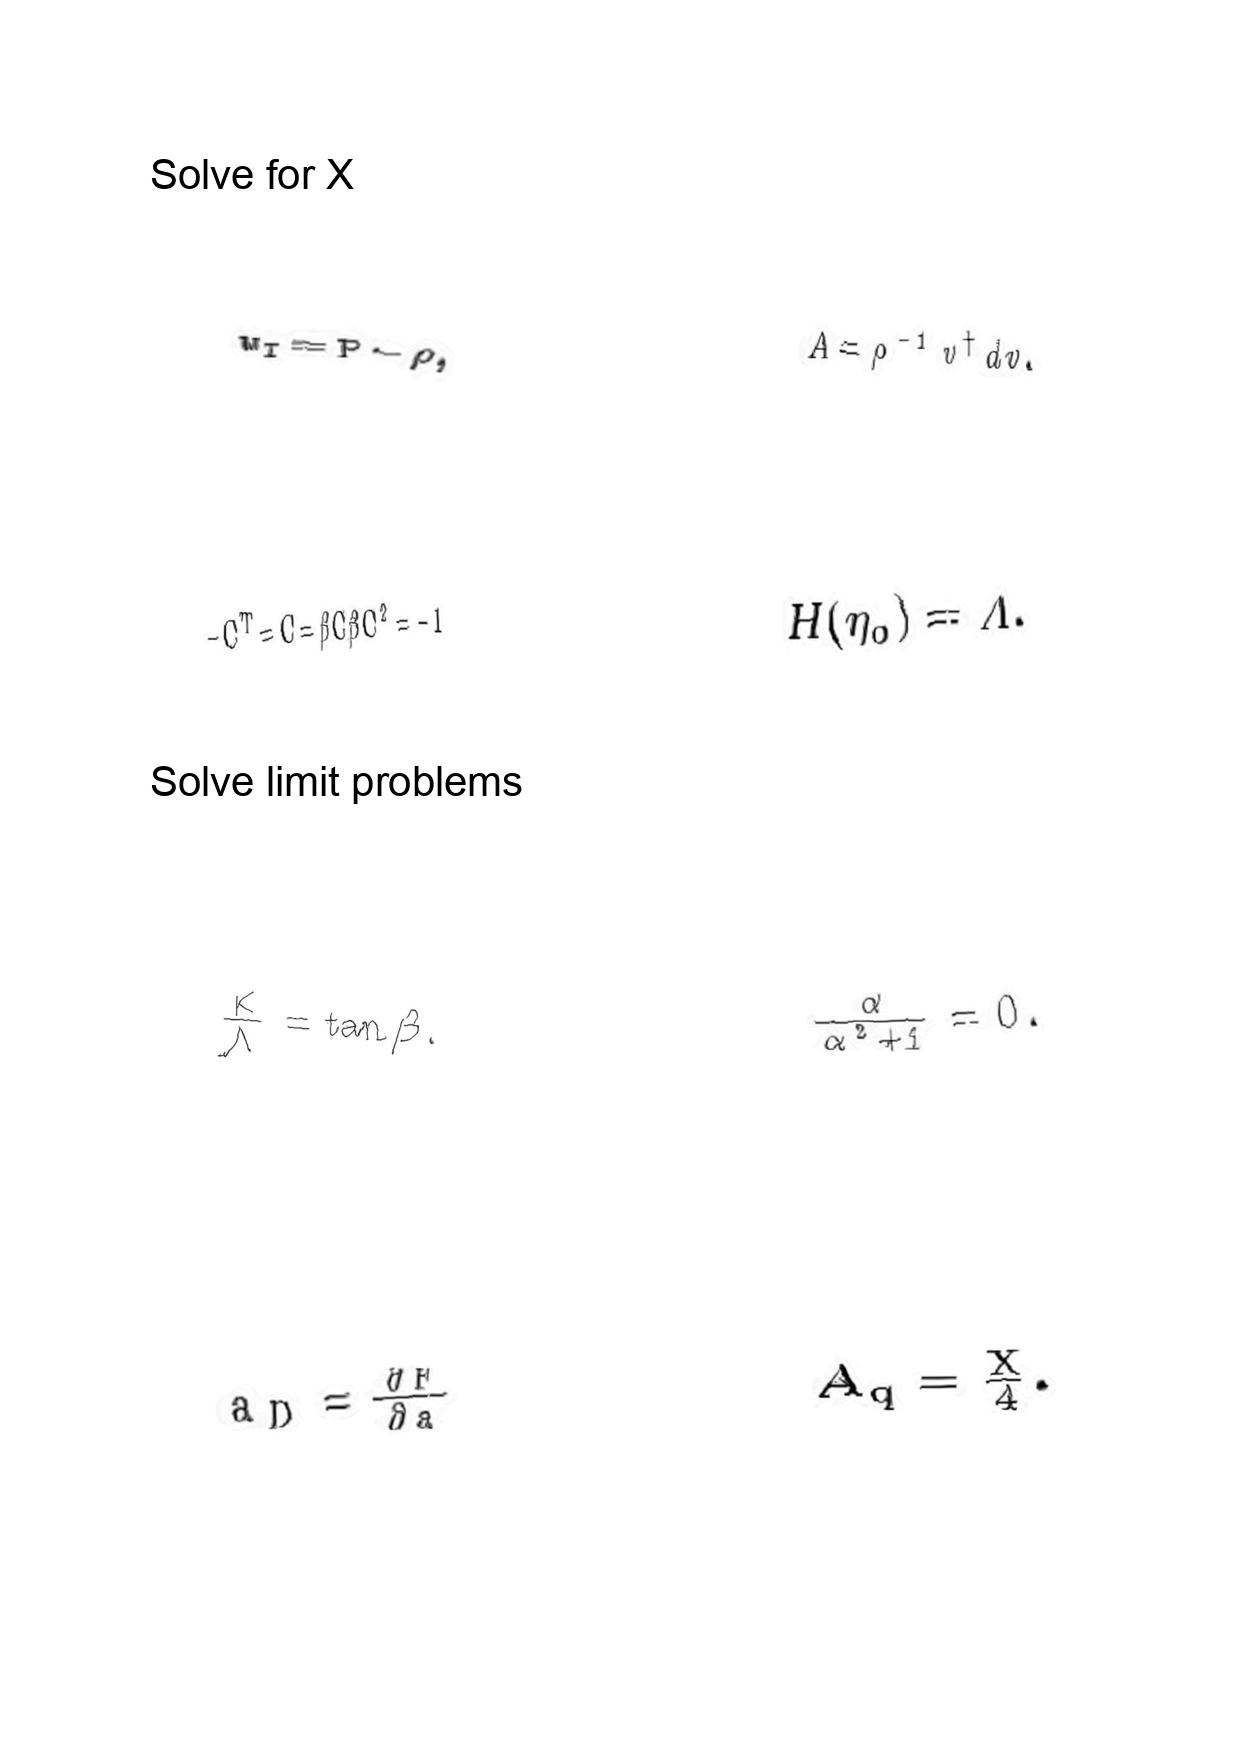
LaTeX transcription:
w _ { I } = P - \rho ,
- C ^ { T } = C = \beta C \beta C ^ { 2 } = - 1
\frac { K } { \Lambda } = \tan \beta .
a _ { D } = \frac { \partial F } { \partial a }
A = \rho ^ { - 1 } v ^ { \dagger } d v .
H \lparen \eta _ { 0 } \rparen = \Lambda .
\frac { \alpha } { \alpha ^ { 2 } + 1 } = 0 .
A _ { q } = \frac { X } { 4 } .